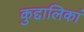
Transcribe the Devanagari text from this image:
कुद्दालिकां